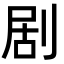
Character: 剧